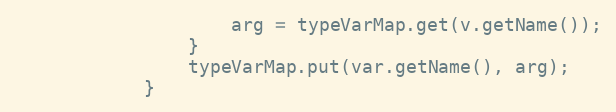
Language: Java
					arg = typeVarMap.get(v.getName());
				}
				typeVarMap.put(var.getName(), arg);
			}